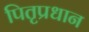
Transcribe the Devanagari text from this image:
पितृप्रधान